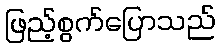
ဖြည့်စွက်ပြောသည်